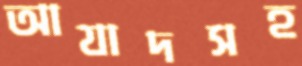
আযাদসহ